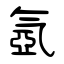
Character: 氬